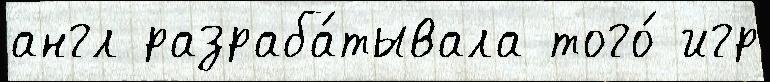
англ разраба́тывала того́ игр